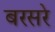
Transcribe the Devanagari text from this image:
बरसरे